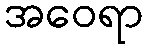
အဝေရာ